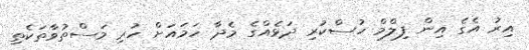
އިރު އެގެ އިން ފިލްމް ހުސްކުރި ދަޅެއްގެ މެދާ ހަމައަށް ހުރި މަސްތުވާތަކެތި